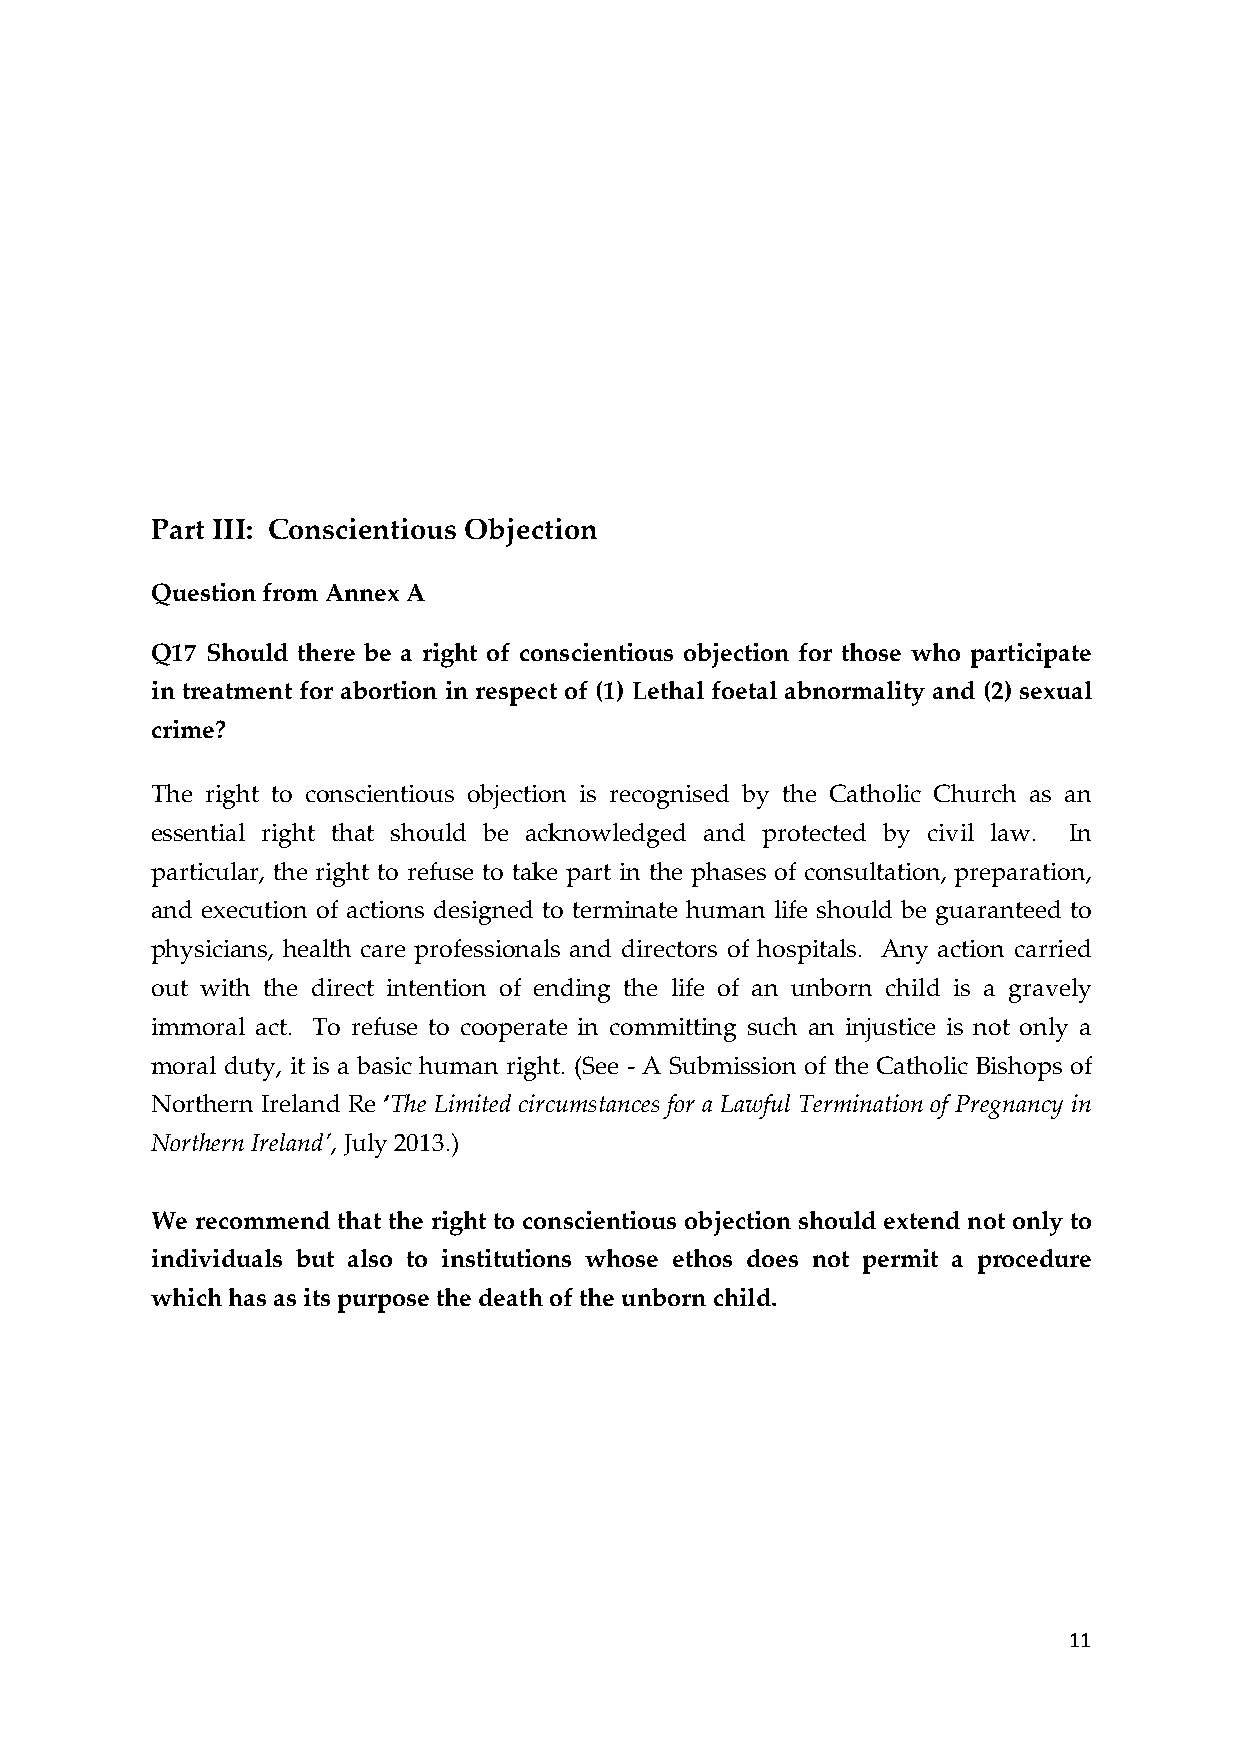
Part III: Conscientious Objection
 Question from Annex A
 Q17 Should there be a right of conscientious objection for those who participate
 in treatment for abortion in respect of (1) Lethal foetal abnormality and (2) sexual
 crime?
 The right to conscientious objection is recognised by the Catholic Church as an
 essential right that should be acknowledged and protected by civil law. In
 particular, the right to refuse to take part in the phases of consultation, preparation,
 and execution of actions designed to terminate human life should be guaranteed to
 physicians, health care professionals and directors of hospitals. Any action carried
 out with the direct intention of ending the life of an unborn child is a gravely
 immoral act. To refuse to cooperate in committing such an injustice is not only a
 moral duty, it is a basic human right. (See -­‐‑ A Submission of the Catholic Bishops of
 Northern Ireland Re ‘The Limited circumstances for a Lawful Termination of Pregnancy in
 Northern Ireland’, July 2013.)
 We recommend that the right to conscientious objection should extend not only to
 individuals but also to institutions whose ethos does not permit a procedure
 which has as its purpose the death of the unborn child.
 11